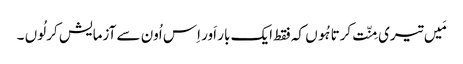
مَیں تیری مِنّت کرتا ہُوں کہ فقط ایک بار اَور اِس اُون سے آزمایش کر لُوں ۔